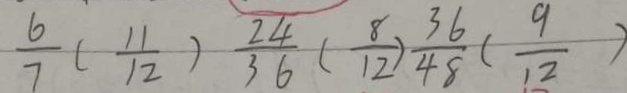
\frac { 6 } { 7 } ( \frac { 1 1 } { 1 2 } ) \frac { 2 4 } { 3 6 } ( \frac { 8 } { 1 2 } ) \frac { 3 6 } { 4 8 } ( \frac { 9 } { 1 2 } )